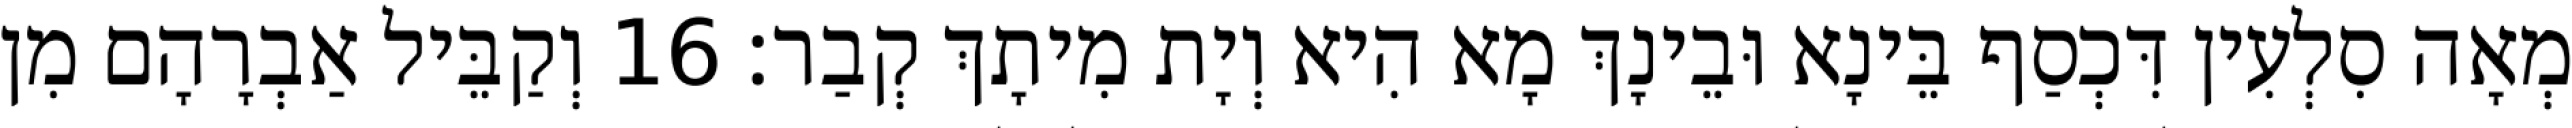
מְאָה סִלְעִין דִּכְסַף בֵּינָא וּבֵינָךְ מָא הִיא וְיָת מִיתָךְ קְבַר׃ 16 וְקַבֵּיל אַבְרָהָם מִן